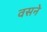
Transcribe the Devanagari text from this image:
वसने